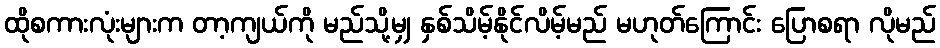
ထိုစကားလုံးများက တာ့ကျယ်ကို မည်သို့မျှ နှစ်သိမ့်နိုင်လိမ့်မည် မဟုတ်ကြောင်း ပြောစရာ လိုမည်